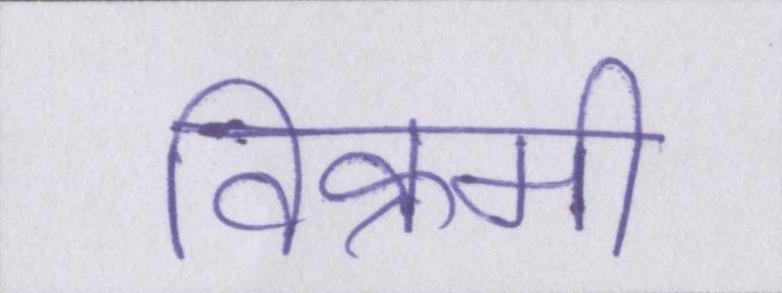
विक्रमी